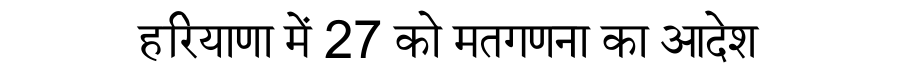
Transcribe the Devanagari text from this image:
हरियाणा में 27 को मतगणना का आदेश